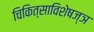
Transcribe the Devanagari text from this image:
चिकित्साविशेषज्ञ